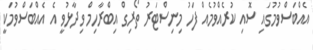
އެއްބަސްވުމުގައި ސޮއި ކުރެއްވުމެއް ފަހު މިނިސްޓަރު ތޯރިގް އިބްރާހިމް ވިދާޅުވީ އެ އެއްބަސްވުމަކީ